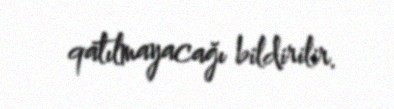
qatılmayacağı bildirilir.